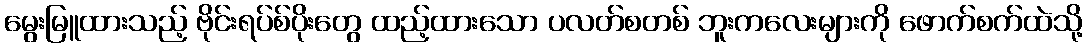
မွေးမြူထားသည့် ဗိုင်းရပ်စ်ပိုးတွေ ထည့်ထားသော ပလတ်စတစ် ဘူးကလေးများကို ဖောက်စက်ထဲသို့